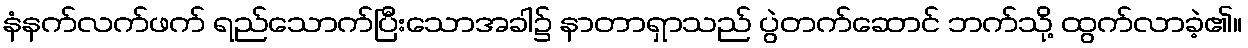
နံနက်လက်ဖက် ရည်သောက်ပြီးသောအခါ၌ နာတာရှာသည် ပွဲတက်ဆောင် ဘက်သို့ ထွက်လာခဲ့၏။